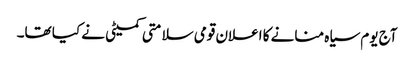
آج یوم سیاہ منانے کا اعلان قومی سلامتی کمیٹی نے کیا تھا۔